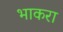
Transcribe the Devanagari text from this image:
भाकरा